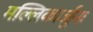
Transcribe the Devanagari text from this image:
मल्लिकार्जुनः